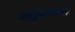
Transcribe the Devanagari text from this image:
भतुकाततो।